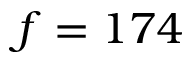
f = 1 7 4